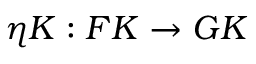
\eta K : F K \to G K